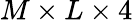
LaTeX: M\times L\times 4